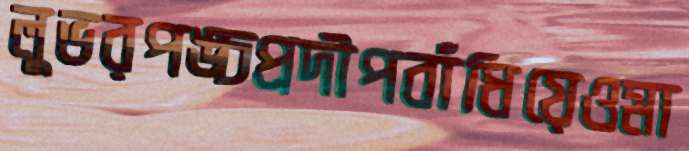
লুভরপঙ্চপ্রদীপবাঁধিয়েওমা